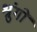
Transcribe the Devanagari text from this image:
श्रुंगों